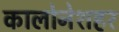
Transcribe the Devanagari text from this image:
कालोनेशहर